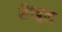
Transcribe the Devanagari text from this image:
शैखुल